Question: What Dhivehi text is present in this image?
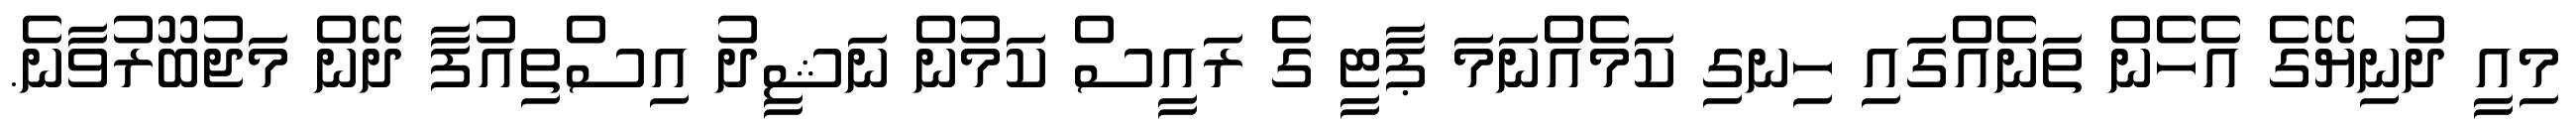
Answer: މިއީ ދުނިޔޭގެ އެހެން ތަނެއްގައި ހިނގި ކަމެއްނަމަ ޕާޓީ ގެ ރައީސް ކަމުން ނަޝީދު އިސްތިއުފާ ދޭން މަޖުބޫރުވާނެ.